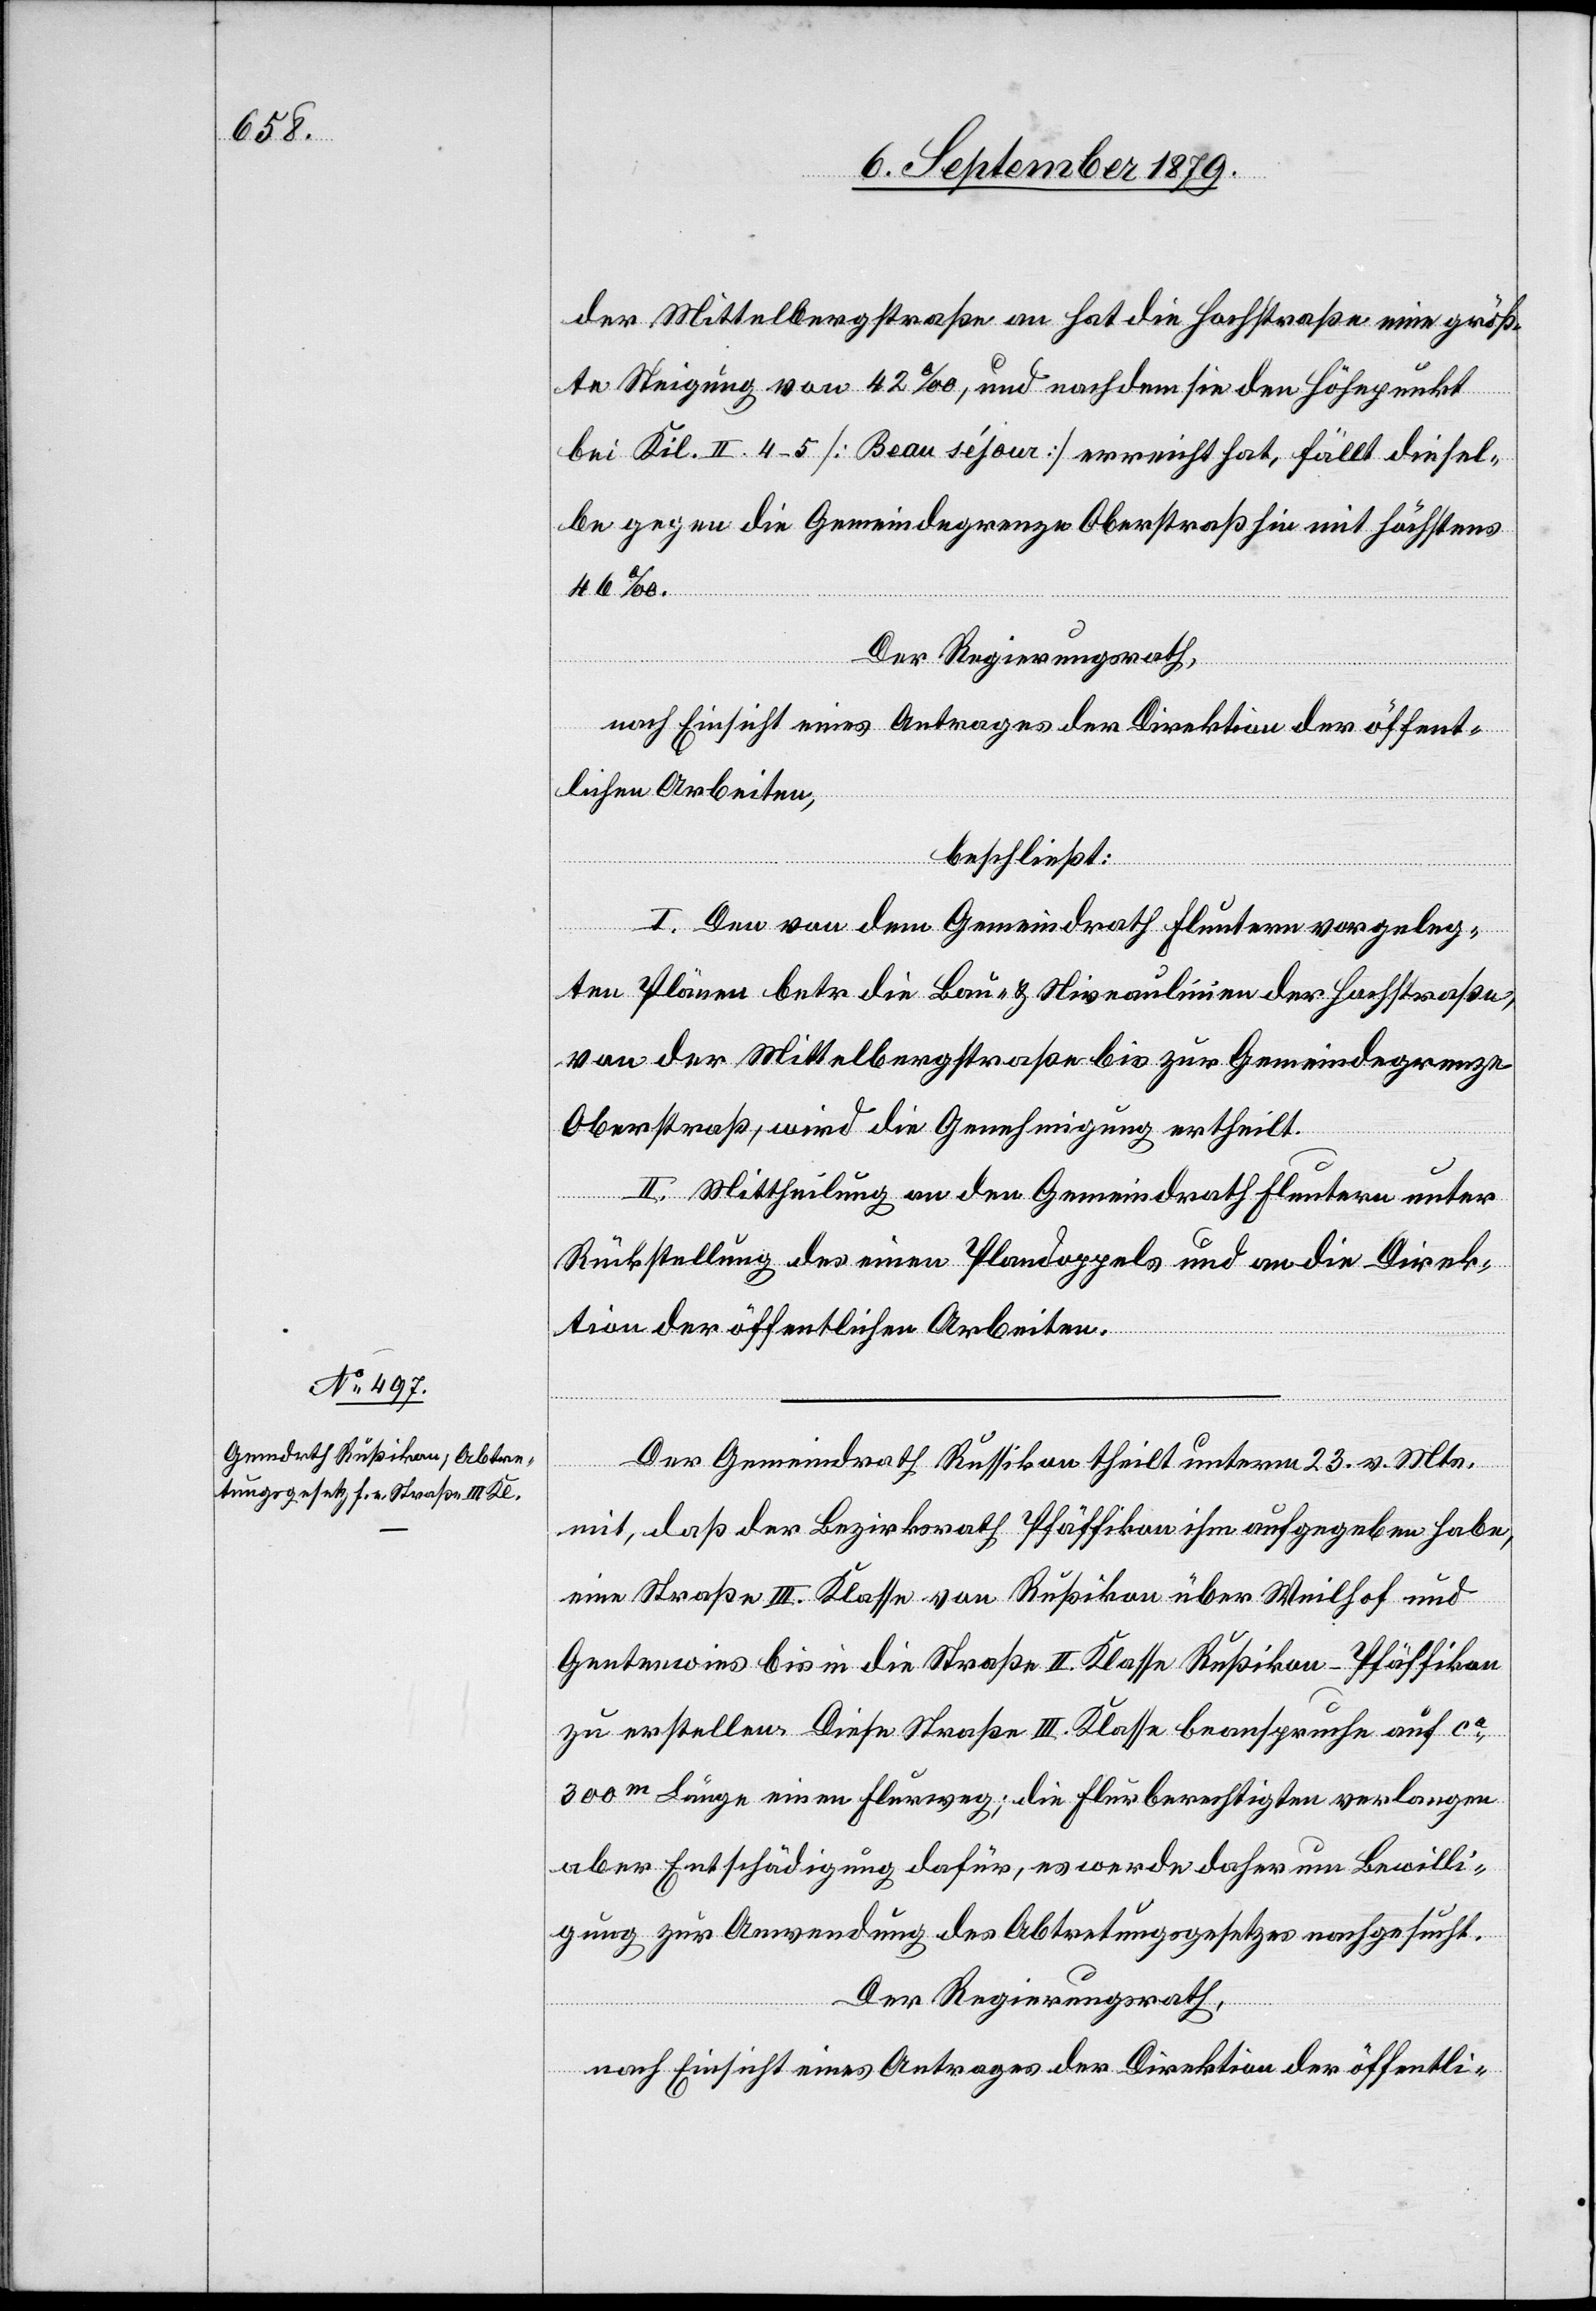
der Mittelbergstraße an hat die Hochstraße eine größ¬
te Steigung von 42‰, und nachdem sie den Höhepunkt
bei Kil. II 4–5 [Beau séjour] errichtet hat, fällt diesel¬
be gegen die Gemeindegrenze Oberstraß hin mit höchstens
46‰.
Der Regierungsrath,
nach Einsicht eines Antrages der Direktion der öffent¬
lichen Arbeiten,
beschließt:
I. Den von dem Gemeindrath Fluntern vorgeleg¬
ten Plänen betr. die Bau- & Niveaulinien der Hochstraße,
von der Mittelbergstraße bis zur Gemeindegrenze
Oberstraß, wird die Genehmigung ertheilt.
II. Mittheilung an den Gemeindrath Fluntern unter
Rückstellung des einen Plandoppels und an die Direk¬
tion der öffentlichen Arbeiten.
Der Gemeindrath Russikon theilt unterm 23. v. Mts.
mit, daß der Bezirksrath Pfäffikon ihm aufgegeben habe,
eine Straße III. Klasse von Rußikon über Weilhof und
Gentwies bis in die Straße II. Klasse Rußikon–Pfäffikon
zu erstellen. Diese Straße III. Klasse beanspruche auf ca
300m Länge einen Flurweg; die Flurberechtigten verlangen
aber Entschädigung dafür, es werde daher um Bewilli¬
gung zur Anwendung des Abtretungsgesetzes nachgesucht.
Der Regierungsrath,
nach Einsicht eines Antrages der Direktion der öffentli-